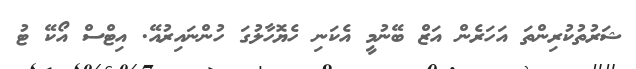
ޝަރުތުކުރިންތަ އަހަރެން އަޒް ބޭނުމީ އެކަނި ހެޔޮހާލުގަ ހުންނައިރުއޭ. އިޓްސް އޯކޭ ޓު